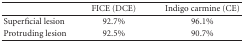
|  | FICE (DCE) | Indigo carmine (CE) |
 | --- | --- | --- |
 | Superficial lesion | 92.7% | 96.1% |
 | Protruding lesion | 92.5% | 90.7% |